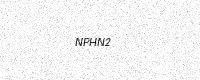
Text: NPHN2